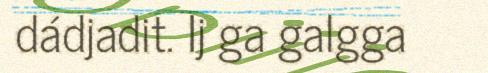
dádjadit. Ij ga galgga